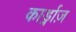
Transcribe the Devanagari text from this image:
कार्ड्नाज़